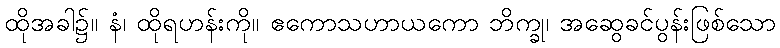
ထိုအခါ၌။ နံ၊ ထိုရဟန်းကို။ ဧကောသဟာယကော ဘိက္ခု၊ အဆွေခင်ပွန်းဖြစ်သော